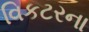
વિકટરના